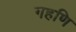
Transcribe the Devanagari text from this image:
गहणि